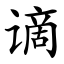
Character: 谪